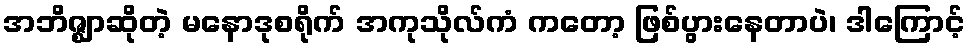
အဘိဇ္ဈာဆိုတဲ့ မနောဒုစရိုက် အကုသိုလ်ကံ ကတော့ ဖြစ်ပွားနေတာပဲ၊ ဒါကြောင့်